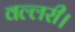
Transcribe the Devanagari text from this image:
वल्लरी।